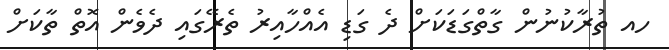
ހއ ތުރާކުނުން ގާތްގަޑަކަށް ދެ ގަޑި އެއްހާއިރު ތެރޭގައި ދެވެން އޮތް ތާކަށް